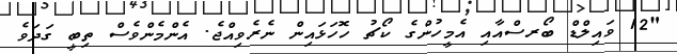
"12 ވައިލްޑް ބޯރސްއާއި އެމީހުންގެ ކޯޗު ހޮހަޅައިން ނެރެވިއްޖެ. އެންމެންވެސް ތިބީ ގަދަވެ